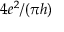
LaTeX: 4 e ^ { 2 } / { ( \pi } h )